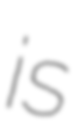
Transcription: is